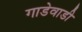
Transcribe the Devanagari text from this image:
गाडेवाडी